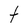
Character: t